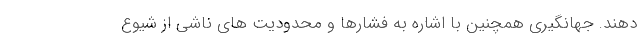
دهند. جهانگیری همچنین با اشاره به فشارها و محدودیت های ناشی از شیوع